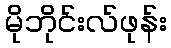
မိုဘိုင်းလ်ဖုန်း